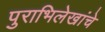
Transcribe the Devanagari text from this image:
पुराभिलेखांचे